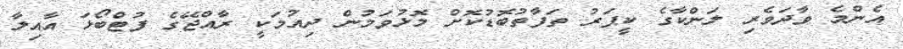
އެންމެ ވާދަވެރި ލަންކާގެ ކީޕަރު ތަފާތުބޮޑުކޮށް މޮޅުވަމުން ދިއުމަކީ ރާއްޖޭގެ ފުޓްބޯޅަ އާއިލާ